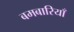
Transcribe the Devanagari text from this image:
बमबारियाँ